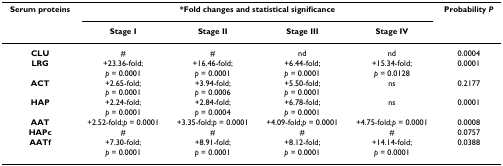
<table><thead><tr><td><b>Serum proteins</b></td><td colspan="4"><b>*Fold changes and statistical significance</b></td><td><b>Probability <i>P</i></b></td></tr><tr><td></td><td><b>Stage I</b></td><td><b>Stage II</b></td><td><b>Stage III</b></td><td><b>Stage IV</b></td><td></td></tr></thead><tbody><tr><td><b>CLU</b></td><td>#</td><td>#</td><td>nd</td><td>nd</td><td>0.0004</td></tr><tr><td><b>LRG</b></td><td>+23.36-fold;<i>p </i>= 0.0001</td><td>+16.46-fold;<i>p </i>= 0.0001</td><td>+6.44-fold;<i>p </i>= 0.0001</td><td>+15.34-fold;<i>p </i>= 0.0128</td><td>0.0001</td></tr><tr><td><b>ACT</b></td><td>+2.65-fold;<i>p </i>= 0.0001</td><td>+3.94-fold;<i>p </i>= 0.0006</td><td>+5.50-fold;<i>p </i>= 0.0001</td><td>ns</td><td>0.2177</td></tr><tr><td><b>HAP</b></td><td>+2.24-fold;<i>p </i>= 0.0001</td><td>+2.84-fold;<i>p </i>= 0.0004</td><td>+6.78-fold;<i>p </i>= 0.0001</td><td>ns</td><td>0.0001</td></tr><tr><td><b>AAT</b></td><td>+2.52-fold;<i>p </i>= 0.0001</td><td>+3.35-fold;<i>p </i>= 0.0001</td><td>+4.09-fold;<i>p </i>= 0.0001</td><td>+4.75-fold;<i>p </i>= 0.0001</td><td>0.0008</td></tr><tr><td><b>HAPc</b></td><td>#</td><td>#</td><td>#</td><td>#</td><td>0.0757</td></tr><tr><td><b>AATf</b></td><td>+7.30-fold;<i>p </i>= 0.0001</td><td>+8.91-fold;<i>p </i>= 0.0001</td><td>+8.12-fold;<i>p </i>= 0.0001</td><td>+14.14-fold;<i>p </i>= 0.0001</td><td>0.0388</td></tr></tbody></table>